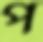
প